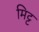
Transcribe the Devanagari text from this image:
मिट्ट